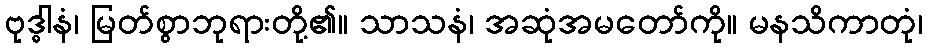
ဗုဒ္ဓါနံ၊ မြတ်စွာဘုရားတို့၏။ သာသနံ၊ အဆုံအမတော်ကို။ မနသိကာတုံ၊